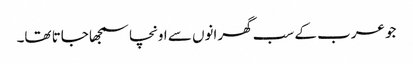
جو عرب کے سب گھرانوں سے اونچا سمجھا جاتا تھا۔